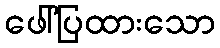
ဖေါ်ပြထားသော